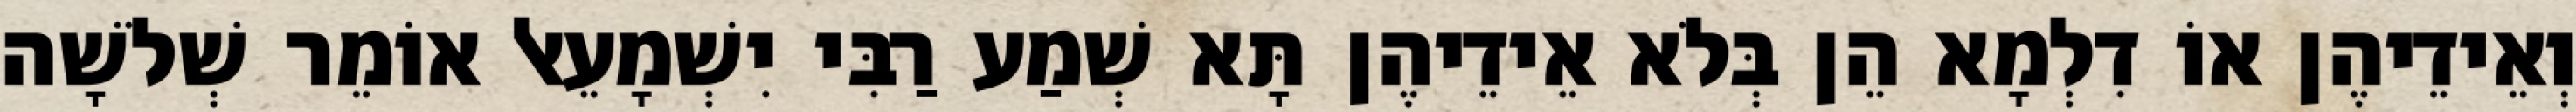
וְאֵידֵיהֶן אוֹ דִלְמָא הֵן בְּלֹא אֵידֵיהֶן תָּא שְׁמַע רַבִּי יִשְׁמָעֵאל אוֹמֵר שְׁלֹשָׁה